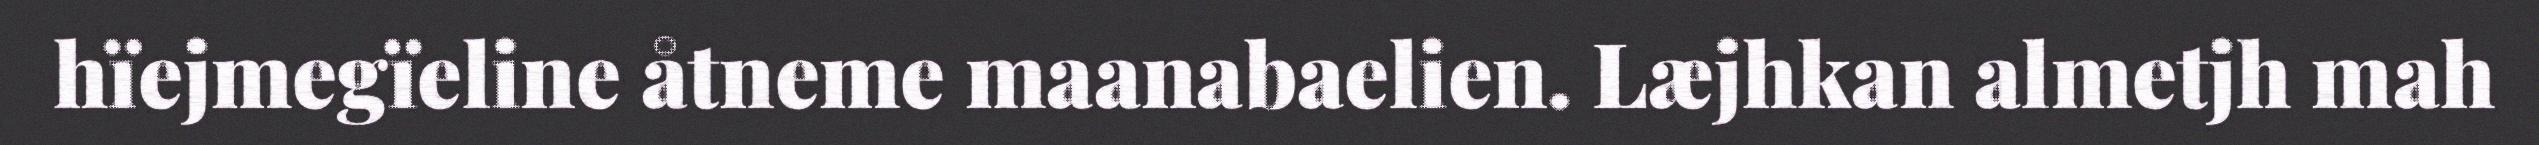
hïejmegïeline åtneme maanabaelien. Læjhkan almetjh mah